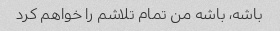
باشه، باشه من تمام تلاشم را خواهم کرد